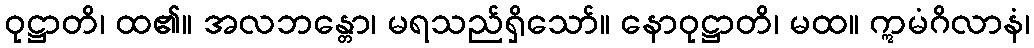
ဝုဋ္ဌာတိ၊ ထ၏။ အလဘန္တော၊ မရသည်ရှိသော်။ နောဝုဋ္ဌာတိ၊ မထ။ ဣမံဂိလာနံ၊